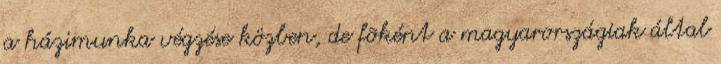
a házimunka végzése közben, de fõként a magyarországiak által